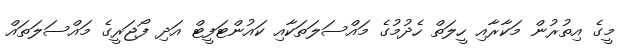
މީގެ އިތުރުން މަކާރާއި ހީލަތް ހެދުމުގެ މައްސަލަތަކާއި ކައުންޓަފީޓް އަދި ފޯޖަރީގެ މައްސަލަތައް